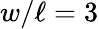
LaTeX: w/\ell=3